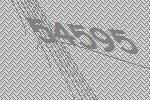
54595